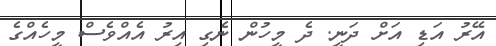
އޭރު އަޑި އަށް ދަނީ. ދެ މީހުން ނެގި އިރު އެއްވެސް މީހެއްގެ